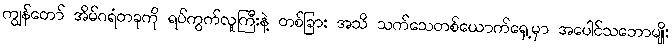
ကျွန်တော် အိမ်ဂရံတခုကို ရပ်ကွက်လူကြီးနဲ့ တစ်ခြား အသိ သက်သေတစ်ယောက်ရှေ့မှာ အပေါင်သဘောမျိုး